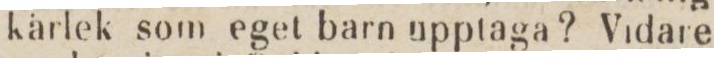
kärlek som eget barn upptaga? Vidare